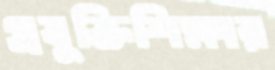
প্রযুক্তিশিক্ষার